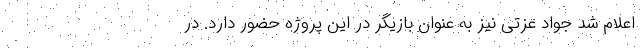
اعلام شد جواد عزتی نیز به عنوان بازیگر در این پروژه حضور دارد. در